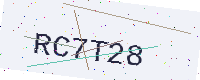
Text: RC7T28